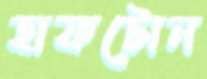
হাফটোন